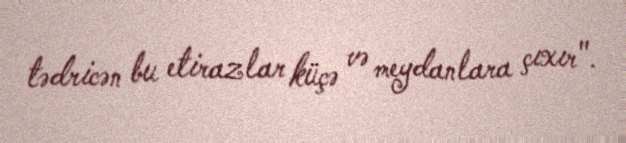
tədricən bu etirazlar küçə və meydanlara çıxır".